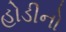
હોડીનો